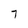
Character: 7